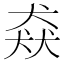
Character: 猋